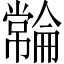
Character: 𫷓